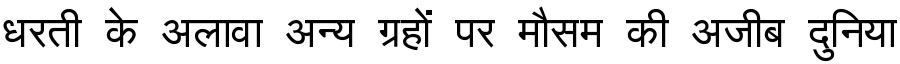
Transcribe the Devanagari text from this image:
धरती के अलावा अन्य ग्रहों पर मौसम की अजीब दुनिया